Civil Veterinary Department. Madras. Admin. report 1926-33 - 1926-1933
Year: 1926
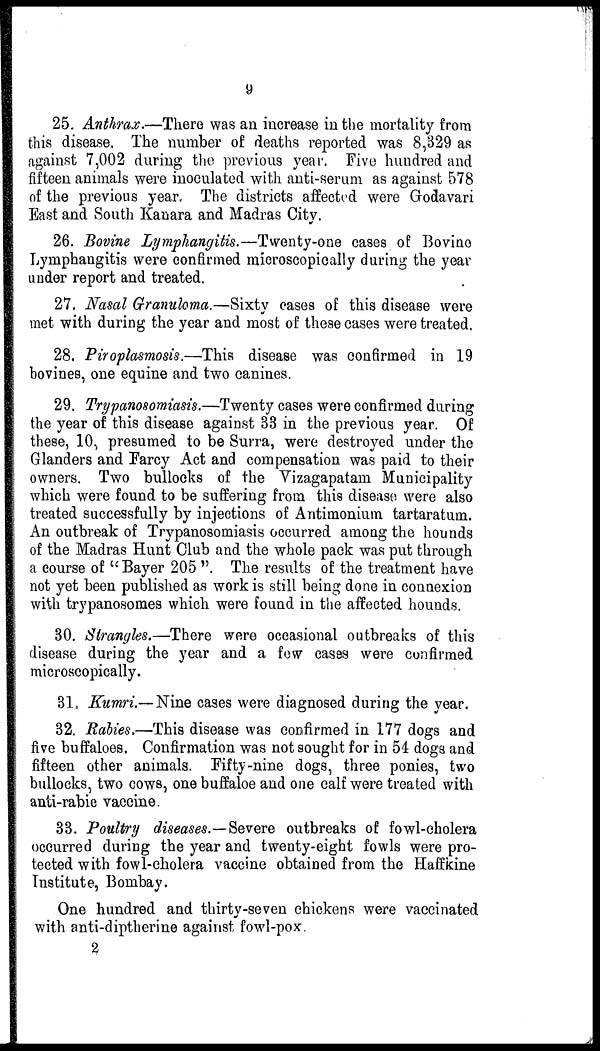
9
25. Anthrax.—There was an increase in the mortality from
this disease. The number of deaths reported was 8,329 as
against 7,002 during the previous year. Five hundred and
fifteen animals were inoculated with anti-serum as against 578
of the previous year. The districts affected were Godavari
East and South Kanara and Madras City.
26. Bovine Lymphangitis.—Twenty-one cases of Bovine
Lymphangitis were confirmed microscopically during the year
under report and treated.
27. Nasal Granuloma.—Sixty oases of this disease were
met with during the year and most of these cases were treated.
28. Piroplasmosis.—This disease was confirmed in 19
bovines, one equine and two canines.
29. Trypanosomiasis.—Twenty cases were confirmed during
the year of this disease against 33 in the previous year. Of
these, 10, presumed to be Surra, were destroyed under the
Glanders and Farcy Act and compensation was paid to their
owners. Two bullocks of the Vizagapatam Municipality
which were found to be suffering from this disease were also
treated successfully by injections of Antimonium tartaratum.
An outbreak of Trypanosomiasis occurred among the hounds
of the Madras Hunt Club and the whole pack was put through
a course of "Bayer 205 ". The results of the treatment have
not yet been published as work is still being done in connexion
with trypanosomes which were found in the affected hounds.
30. Strangles.—There were occasional outbreaks of this
disease during the year and a few cases were confirmed
microscopically.
31. Kumri.— Nine cases were diagnosed during the year.
32. Rabies.—This disease was confirmed in 177 dogs and
five buffaloes. Confirmation was not sought for in 54 dogs and
fifteen other animals. Fifty-nine dogs, three ponies, two
bullocks, two cows, one buffaloe and one calf were treated with
anti-rabic vaccine.
33. Poultry diseases.—Severe outbreaks of fowl-cholera
occurred during the year and twenty-eight fowls were pro-
tected with fowl-cholera vaccine obtained from the Haffkine
Institute, Bombay.
One hundred and thirty-seven chickens were vaccinated
with anti-diptherine against fowl-pox.
2